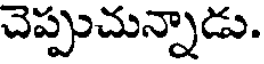
చెప్పుచున్నాడు.